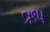
ઋષ